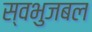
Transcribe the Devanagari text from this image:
स्वभुजबल